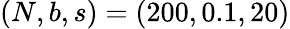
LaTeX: (N,b,s)=(200,0.1,20)